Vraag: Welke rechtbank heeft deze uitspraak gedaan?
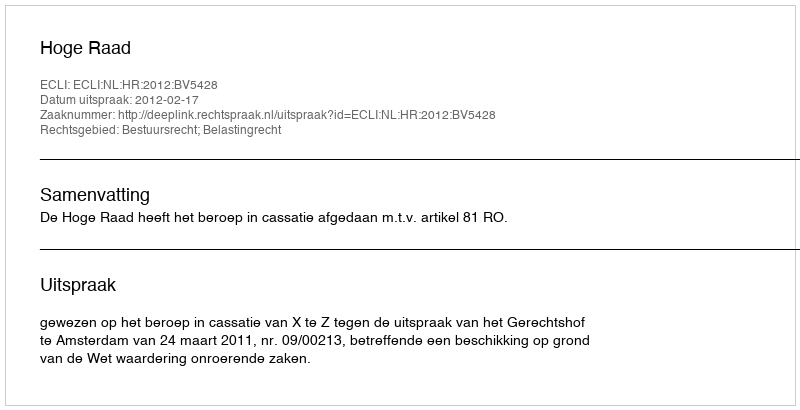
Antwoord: Hoge Raad